画像に写った文字を読んでください
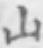
「山」と書いてあります